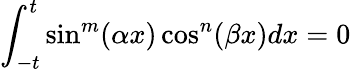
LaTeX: \int_{-t}^{t}\sin^{m}(\alpha x)\cos^{n}(\beta x)dx=0